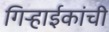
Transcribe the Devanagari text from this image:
गिर्‍हाईकांची